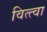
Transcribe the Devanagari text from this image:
वित्त्वा